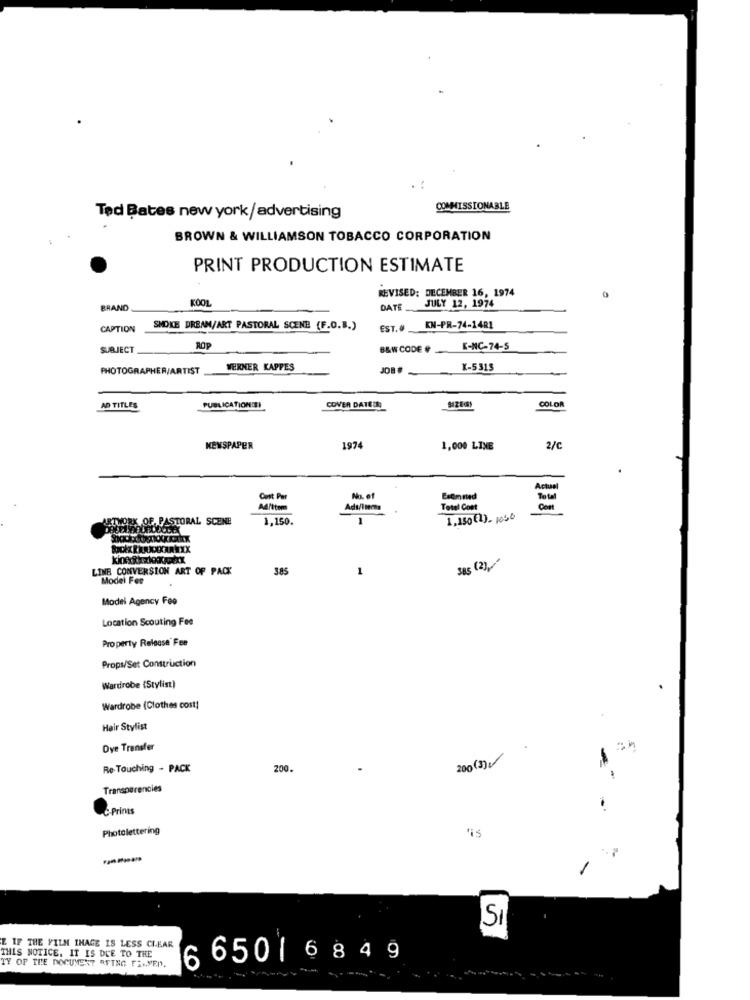
COMMISSIONABLE
Ted Bates new york/advertising
BROWN & WILLIAMSON TOBACCO CORPORATION
PRINT PRODUCTION ESTIMATE
REVISED: DECEMBER 16, 1974
KOOL
BRAND
DATE
JULY 12, 1974
CAPTION
SMOKE DREAM/ART PASTORAL SCENE (F.O.B.)
EST.#
KN-PR-74-14R1
SUBJECT
ROP
B&W CODE #
K-NC-74-5
PHOTOGRAPHER/ARTIST
WERNER KAPPES
X-5315
COLOR
AD TITLES
PUBLICATIONDE
COVER DATEDE
SIZE(S)
KENSPAPER
197
1,000 LINE
2/c
Cut Par
No. of
A4/item
Adı/lima
Total Cost
ARTWORK OF, PASTORAL SCENE
1,150.
1
1,150(1)- 1060
LINE CONVERSION ART OF PACK
385
1
385 (2)
Model Fee
Model Agency Fee
Location Scouting Fee
Property Release' Fee
Props/Set Construction
Wardrobe (Stylist)
Wardrobe (Clothes cost!
Hair Stylist
Dye Transfer
200(3)
Re-Touching - PACK
200.
Transparencies
C-Primas
Photolettering
'is
----
-
SI
E IF THE FILM INAGE IS LESS CLEAR
THIS NOTICE. IT IS DUE TO THE
6 650 1 6 849
TY OF THE DOCUMENT RETNG FILMEN.